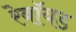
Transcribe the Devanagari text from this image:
रेबॉयड